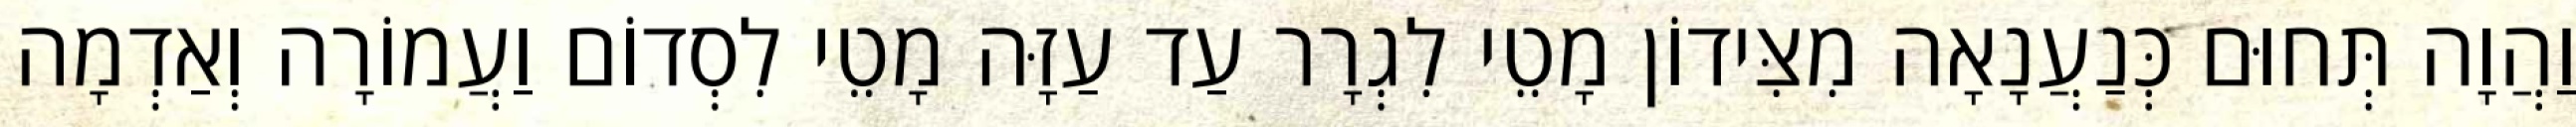
וַהֲוָה תְּחוּם כְּנַעֲנָאָה מִצִּידוֹן מָטֵי לִגְרָר עַד עַזָּה מָטֵי לִסְדוֹם וַעֲמוֹרָה וְאַדְמָה